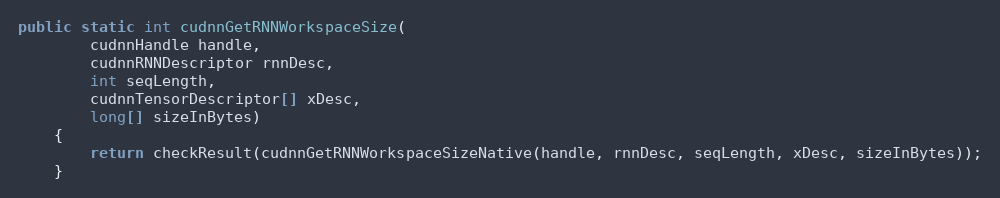
Language: Java
public static int cudnnGetRNNWorkspaceSize(
        cudnnHandle handle,
        cudnnRNNDescriptor rnnDesc,
        int seqLength,
        cudnnTensorDescriptor[] xDesc,
        long[] sizeInBytes)
    {
        return checkResult(cudnnGetRNNWorkspaceSizeNative(handle, rnnDesc, seqLength, xDesc, sizeInBytes));
    }